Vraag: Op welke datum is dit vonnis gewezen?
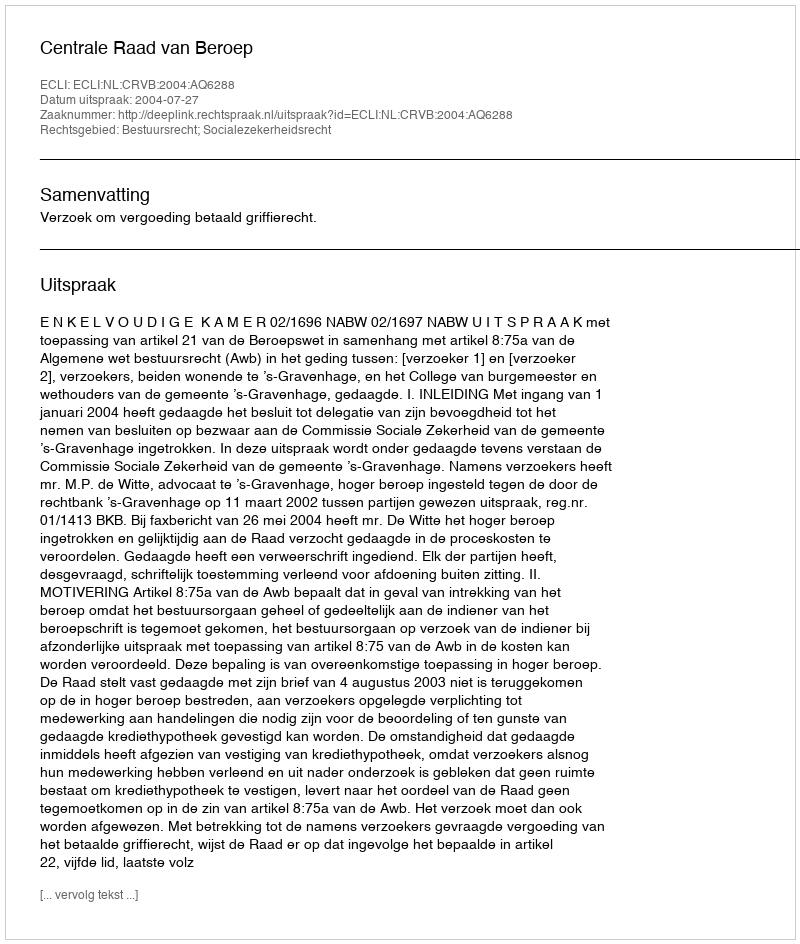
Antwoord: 2004-07-27